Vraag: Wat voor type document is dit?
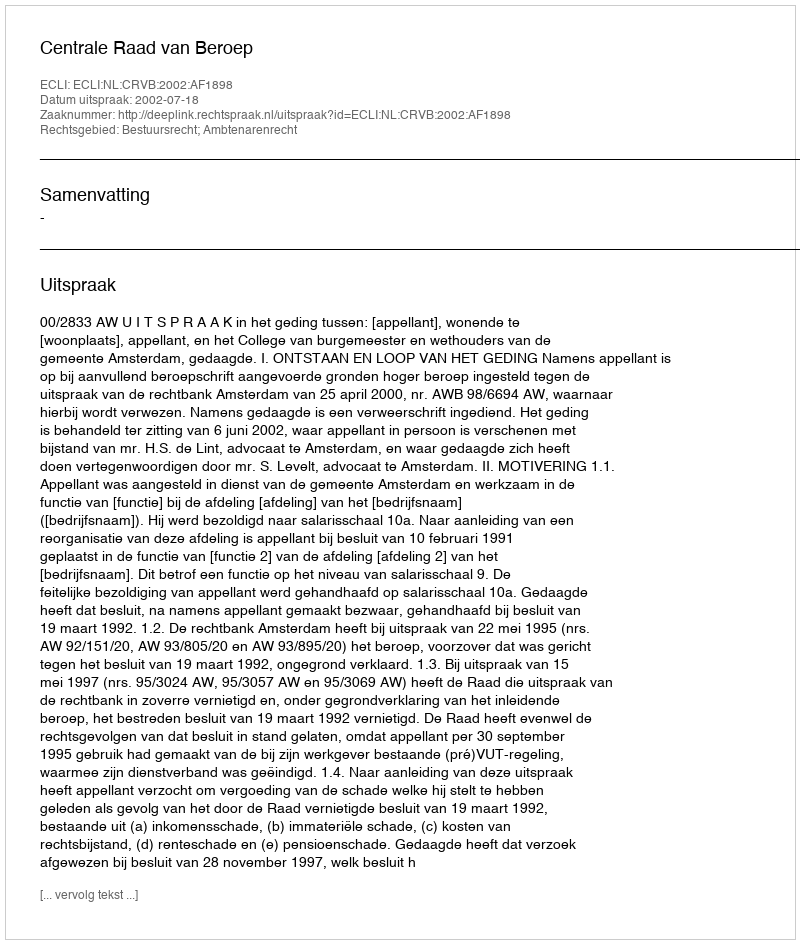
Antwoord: Uitspraak